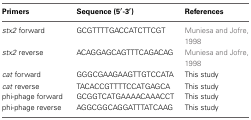
| Primers | Sequence (5′-3′) | References |
 | --- | --- | --- |
 | stx2 forward | GCGTTTTGACCATCTTCGT | Muniesa and Jofre, 1998 |
 | stx2 reverse | ACAGGAGCAGTTTCAGACAG | Muniesa and Jofre, 1998 |
 | cat forward | GGGCGAAGAAGTTGTCCATA | This study |
 | cat reverse | TACACCGTTTTCCATGAGCA | This study |
 | phi-phage forward | GCGGTCATGAAAACAAACCT | This study |
 | phi-phage reverse | AGGCGGCAGGATTTATCAAG | This study |